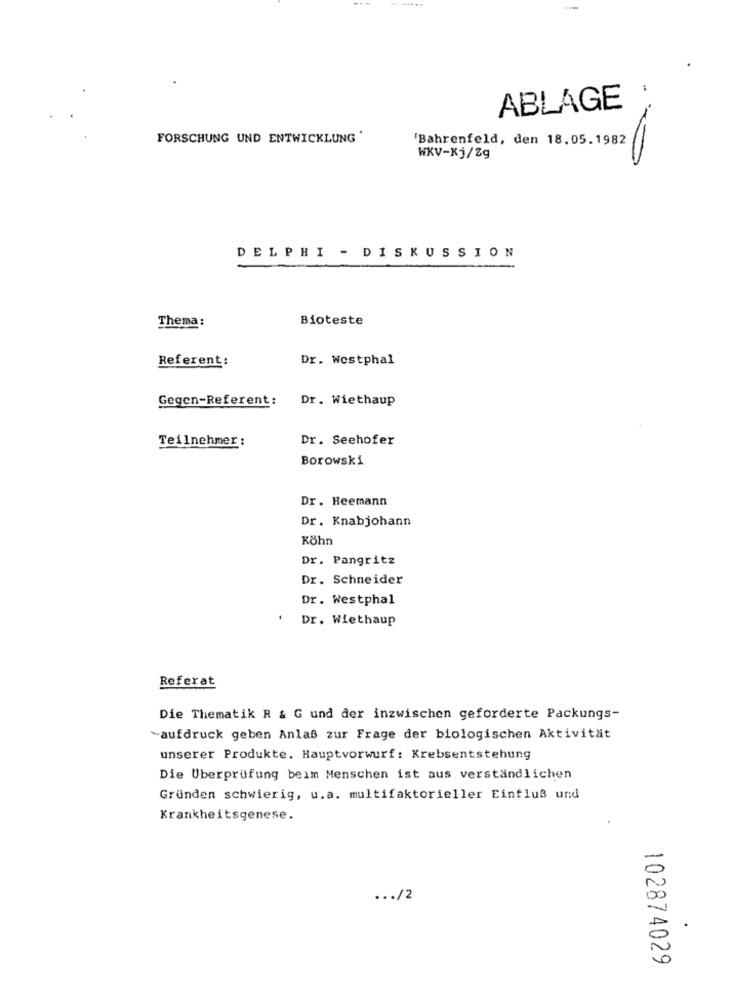
--...
ABLAGE
FORSCHUNG UND ENTWICKLUNG'
'Bahrenfeld, den 18.05.1982
WKV-Kj/Zg
DELPHI - DISKUSSION
Thema:
Bioteste
Referent:
Dr. Westphal
Gegen-Referent :
Dr. Wiethaup
Teilnehmer:
Dr. Seehofer
Borowski
Dr. Heemann
Dr. Knabjohann
Köhn
Dr. Pangritz
Dr. Schneider
Dr. Westphal
Dr. Wiethaup
Referat
Die Thematik R & G und der inzwischen geforderte Packungs-
-aufdruck geben Anlaß zur Frage der biologischen Aktivität
unserer Produkte. Hauptvorwurf: Krebsentstehung
Die Uberprüfung beim Menschen ist aus verständlichen
Gründen schwierig, u.a. multifaktorieller Einfluß und
Krankheitsgenese.
... /2
102874029